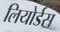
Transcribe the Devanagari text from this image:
लियोर्डस